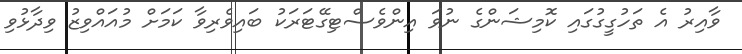
ވާއިރު އެ ތަހުގީގުގައި ކޮމިޝަންގެ ނުވަ އިންވެސްޓިގޭޓަރަކު ބަައިވެރިވާ ކަމަށް މުއައްވިޒު ވިދާޅުވި